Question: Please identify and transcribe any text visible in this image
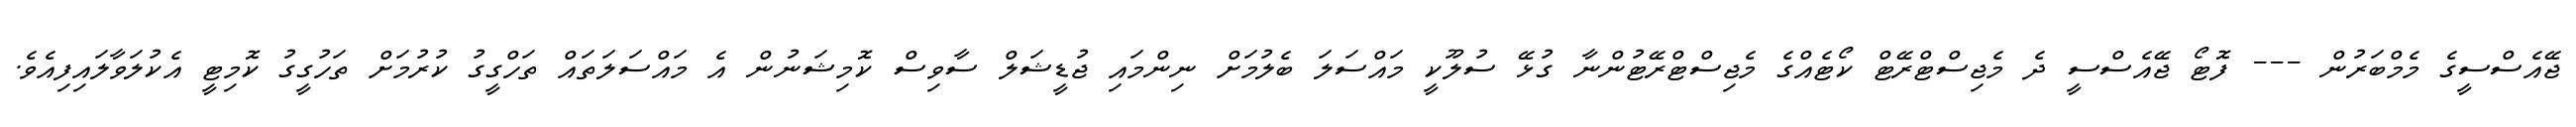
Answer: ޖޭއެސްސީގެ މެމްބަރުން --- ފޮޓޯ ޖޭއެސްސީ ދެ މެޖިސްޓްރޭޓް ކޯޓެއްގެ މެޖިސްޓްރޭޓުންނާ ގުޅޭ ސުލޫކީ މައްސަލަ ބެލުމަށް ނިންމައި ޖުޑީޝަލް ސާވިސް ކޮމިޝަނުން އެ މައްސަލަތައް ތަހްގީގު ކުރުމަށް ތަހުގީގު ކޮމިޓީ އެކުލަވާލައިފިއެވެ.